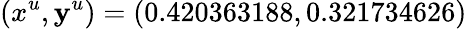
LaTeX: (x^{u},\mathbf{y}^{u})=(0.420363188,0.321734626)